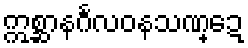
ဣစ္ဆာနင်္ဂလဝနသဏ္ဍေ